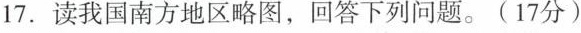
17.读我国南方地区略图，回答下列问题。(17分)